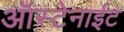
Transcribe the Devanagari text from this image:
ऑस्टेनाईट